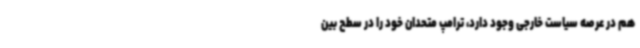
هم در عرصه سیاست خارجی وجود دارد، ترامپ متحدان خود را در سطح بین‌